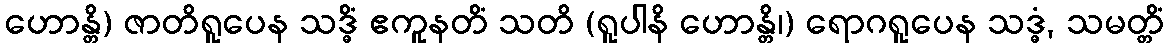
ဟောန္တိ) ဇာတိရူပေန သဒ္ဓိံ ဧကူနတိံ သတိ (ရူပါနိ ဟောန္တိ၊) ရောဂရူပေန သဒ္ဓံ, သမတ္တိံ